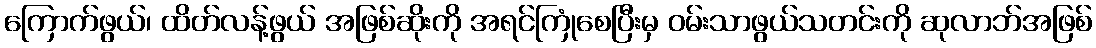
ကြောက်ဖွယ်၊ ထိတ်လန့်ဖွယ် အဖြစ်ဆိုးကို အရင်ကြုံစေပြီးမှ ဝမ်းသာဖွယ်သတင်းကို ဆုလာဘ်အဖြစ်